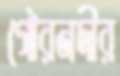
গৌরনদীর